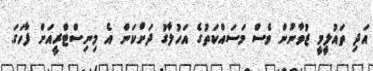
އަދި ތައުލީމީ ޒުވާނުން ވެސް މަސައްކަތުގެ އަހުލާގު ދަށްކަން އެ މިނިސްޓްރީއަށް ފާހަގަ